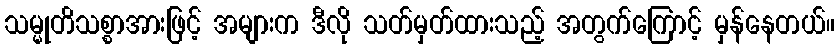
သမ္မုတိသစ္စာအားဖြင့် အများက ဒီလို သတ်မှတ်ထားသည့် အတွက်ကြောင့် မှန်နေတယ်။